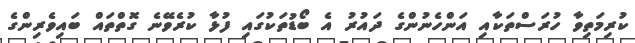
ކުރިމަތިވާ ހުރަސްތަކާއި އަންހެނުންގެ ދައުރު އެ ބޯޑުތަކުގައި ފުޅާ ކުރެވޭނެ ގޮތްތައް ބައިވެރިންގެ